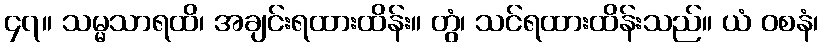
၄၇။ သမ္မသာရထိ၊ အချင်းရထားထိန်း။ တွံ၊ သင်ရထားထိန်းသည်။ ယံ ဝစနံ၊